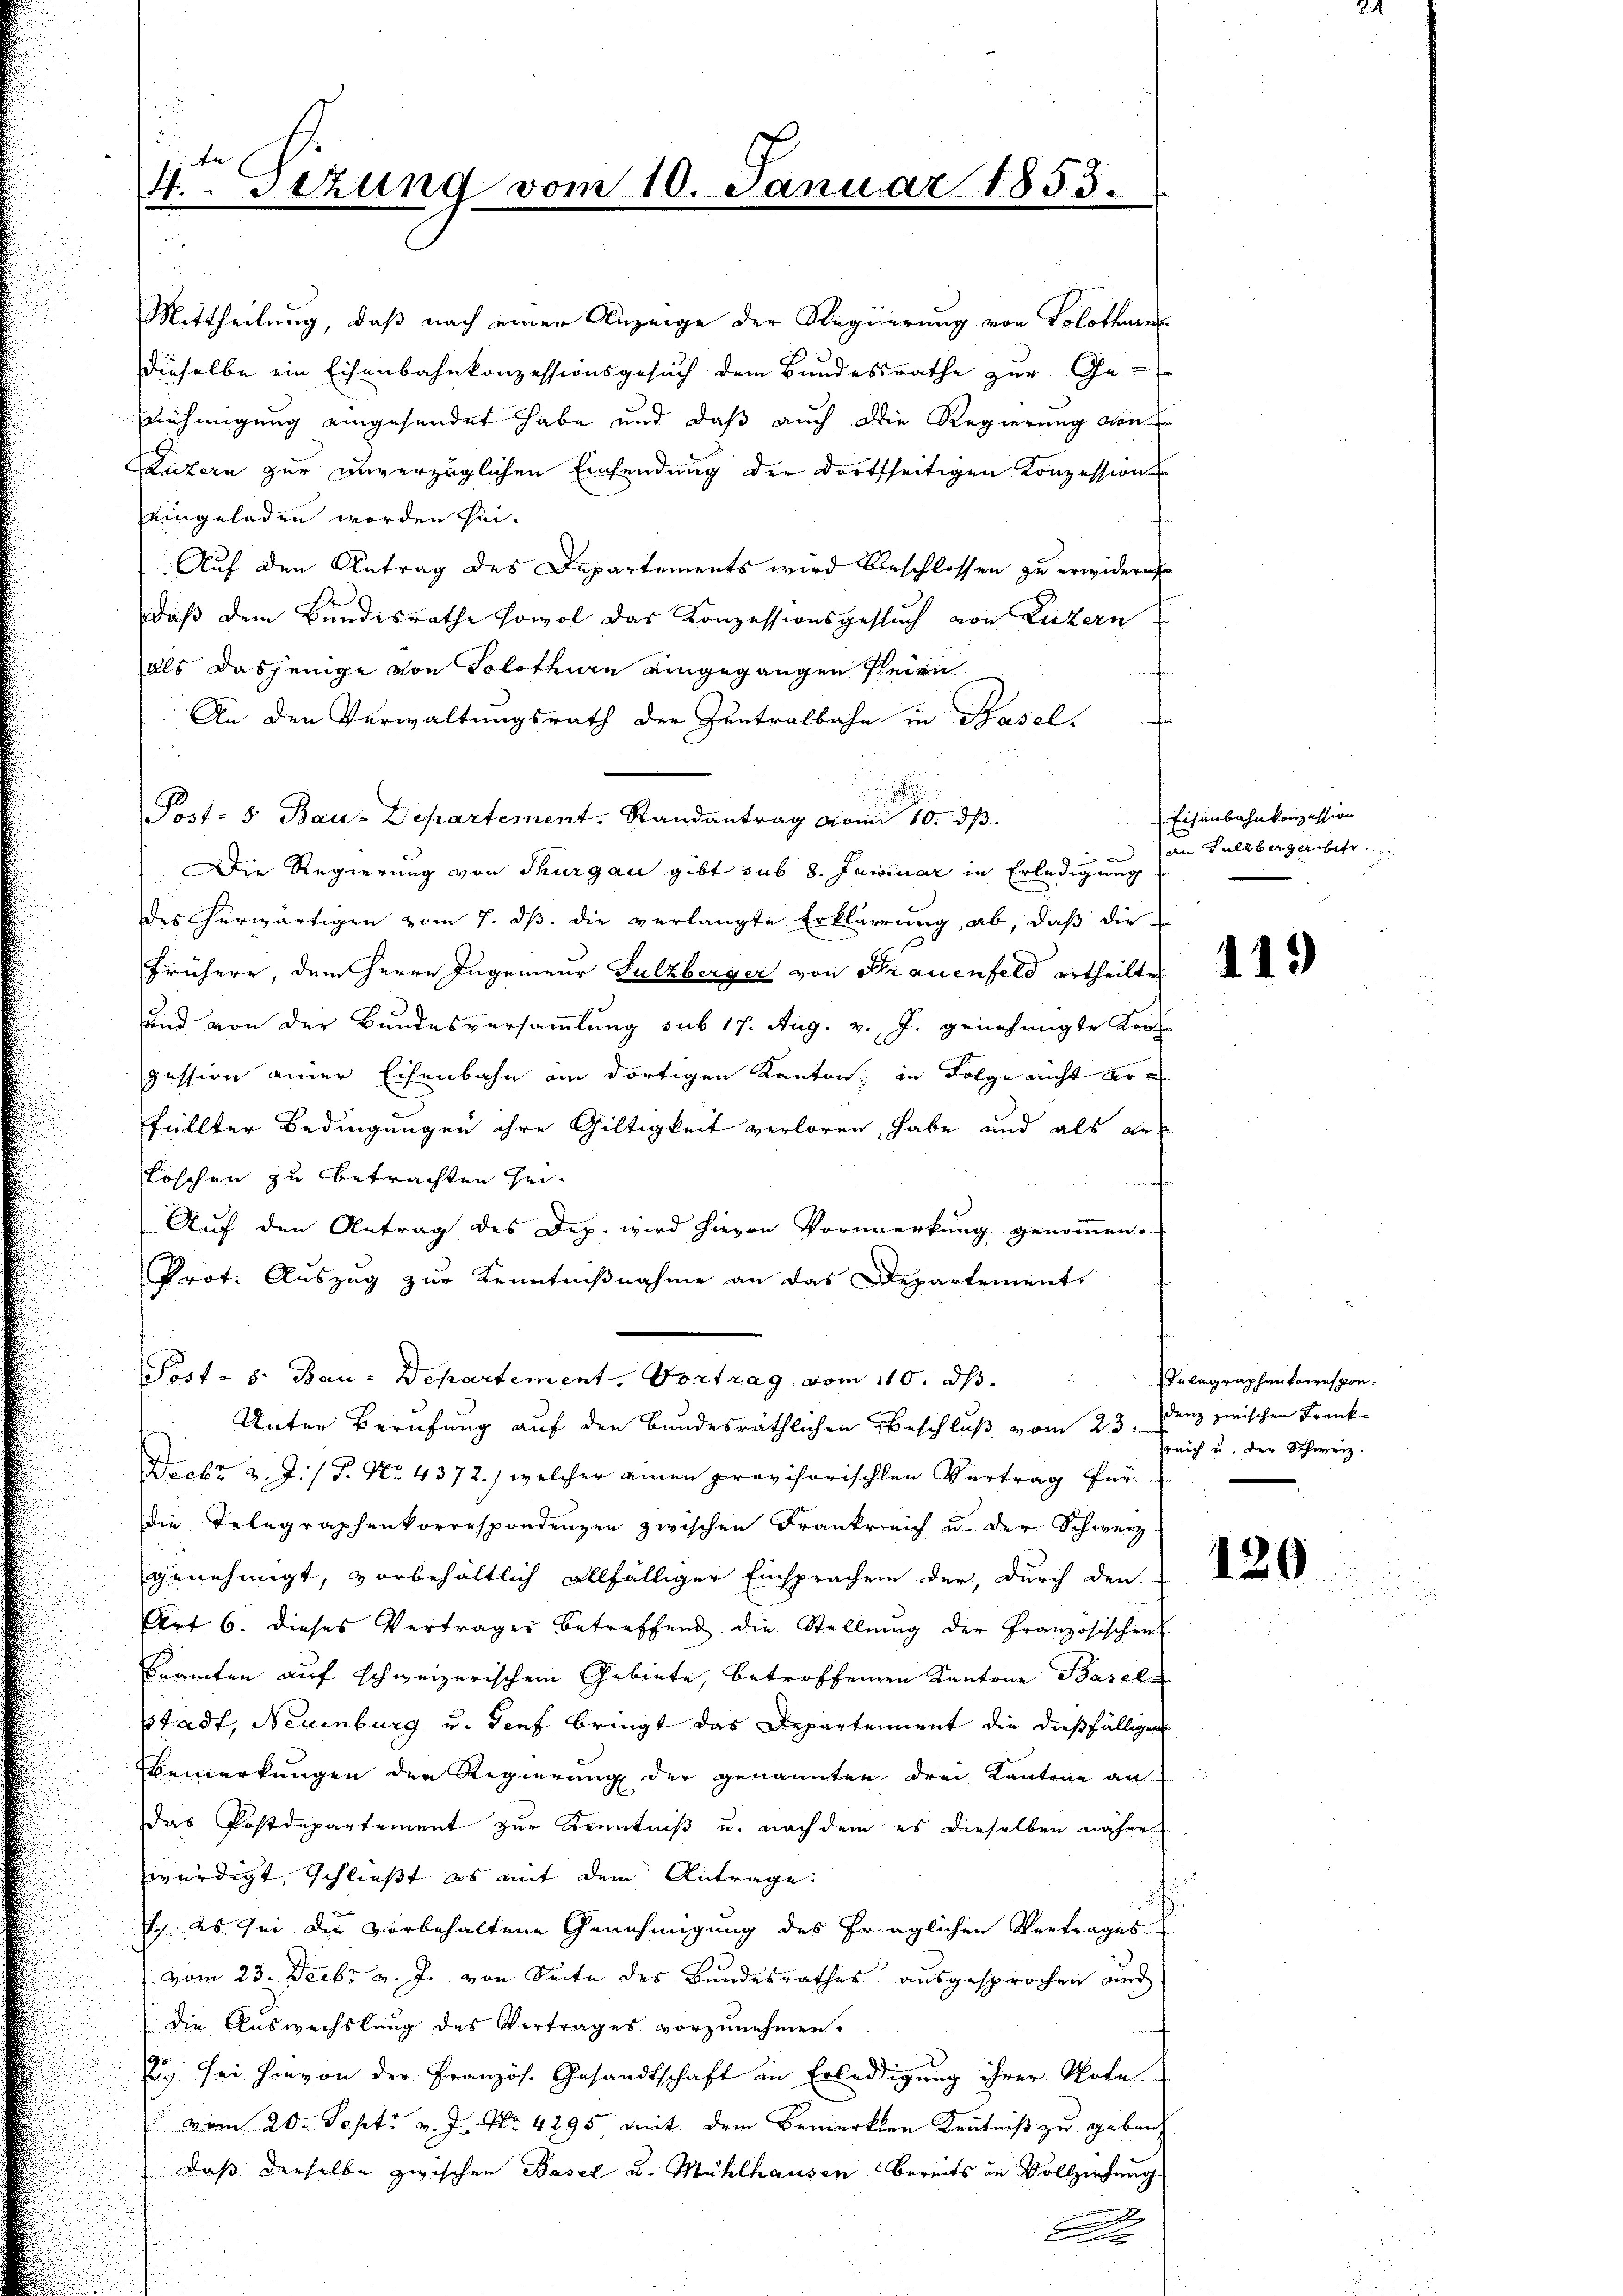
4.. Sitzung vom 10. Januar 1853.

Mittheilung, daß nach einer Anzeige der Regierung von Solothurn
dieselbe ein Eisenbahnkonzessionsgesuch dem Bundesrathe zur Ge-
Enehmigung eingesendet habe und daß auch die Regierung von
Luzern zur unverzüglichen Einsendung der dortseitigen Konzession
eingeladen worden sei.
Auf den Antrag des Departements wird beschlossen zu erwidern
Daß dem Bundesrathe sowol das Konzessionsgesŭch von Luzern
als dasjenige von Solothurn eingegangen seien
An den Verwaltungsrath der Zentralbahn in Basels
.
Post- & Bau-Departement. Randantrag vom 10. dβ.
Die Regierung von Thurgau gibt sub 8. Januar in Erledigung
des herwärtigen vom 7. ds. die verlangte Erklärung ab, daß die
frühere, dem Herrn Ingenieur Sulzberger von Strauenfeld ertheilten
und von der Bundesversammlung sub 17. Aug. v. J. genehmigte Konpession einer Eisenbahn an dortigen Kanton, in Folge nicht erfüllter Bedingungen ihre Gültigkeit verloren, habe und als ers
Löschen zu betrachten sei¬
Auf den Antrag des Dep. wird hievon Vormerkung genommen.
Prot. Auszug zur Kenntnißnahme an das Departement
Post- 8. Bau-Departement, Vortrag vom 110. d.
Unter Berufung auf den Bundesräthlichen Beschluß vom 23. Denz zwischen Frank
Naabr v. J. / P. Nr. 4372.) welcher einen provisorischen Vertrag für
die Telegraphenkorrespondenzen zwischen Frankreich u. der Schweiz.
genehmigt, vorbehältlich allfälliger Einsprachen der, durch den
Art 6. dieses Vertrages betreffend die Stellung der Französischen
Beamten auf schweizerischem Gebiete, betroffenden Kantone Basel
Stadt, Neuenburg u. Genf bringt das Departement die dießfälligen
Bemerkungen der Regierung der genannten drei Kantone an
Das Postdepartement zur Kenntniß u. nachdem es dieselben näher
würdigt, schließt es mit dem Antrage:

Ich. es sei die vorbehaltene Genehmigung des fraglichen Vertrages
vom 23. Decbr v. J. von Seite des Bundesrathes ausgesprochen au
die Auswechslung des Vertrages vorzunehmen.
E. sei hievon der Französ. Gesandtschaft in Erledigung ihrer Nota
 vom 20. Sept. v. J. No. 4295 mit dem Bemerkten Kenntniß zu gebung
Daß derselbe zwischen Basel u. Mühlhausen bereits in Vollziehung
n
A

Eisenbahnkonzession
an Sulzberger befr

119

Telegraphenvorresponreich u. der Schweiz.